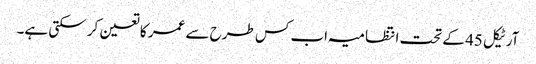
آرٹیکل 45 کے تحت انتظامیہ اب کس طرح سے عمر کا تعین کر سکتی ہے۔